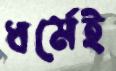
ধর্মেই